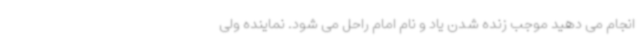
انجام می دهید موجب زنده شدن یاد و نام امام راحل می شود. نماینده ولی